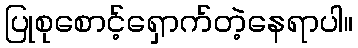
ပြုစုစောင့်ရှောက်တဲ့နေရာပါ။